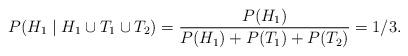
LaTeX: \begin{align*}P(H_{1}\mid H_{1} \cup T_{1} \cup T_{2}) =\frac{P(H_{1})}{P(H_{1}) + P(T_{1}) + P(T_{2})} = 1/3.\end{align*}